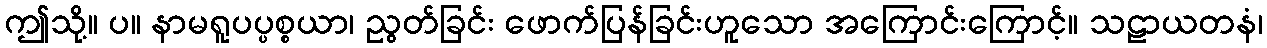
ဤသို့။ ပ။ နာမရူပပ္ပစ္စယာ၊ ညွတ်ခြင်း ဖောက်ပြန်ခြင်းဟူသော အကြောင်းကြောင့်။ သဠာယတနံ၊